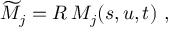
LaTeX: \widetilde { M } _ { j } = R \, M _ { j } ( s , u , t ) ~ ,